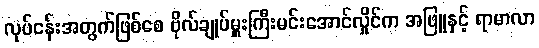
လုပ်ငန်းအတွက်ဖြစ်စေ ဗိုလ်ချုပ်မှူးကြီးမင်းအောင်လှိုင်က အဖြူနှင့် ရာမာလာ